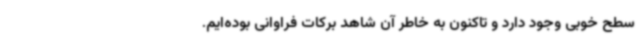
سطح خوبی وجود دارد و تاکنون به خاطر آن شاهد برکات فراوانی بوده‌ایم.